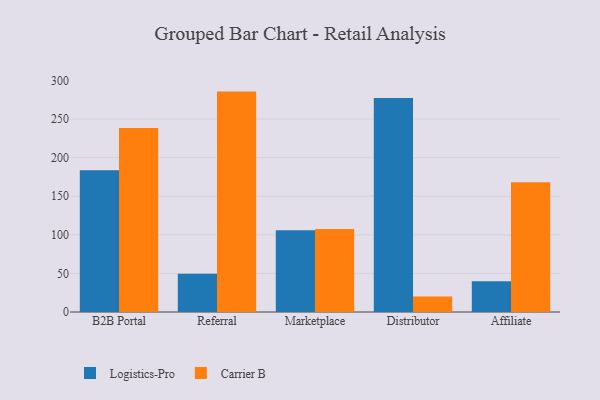
{"axis": {"x": "Channel", "y": "Energy Usage (MWh)"}, "legend": ["Carrier B", "Logistics-Pro"], "data": [{"x": "B2B Portal", "y": 183.5, "type": "Logistics-Pro"}, {"x": "B2B Portal", "y": 238.3, "type": "Carrier B"}, {"x": "Referral", "y": 49.5, "type": "Logistics-Pro"}, {"x": "Referral", "y": 285.5, "type": "Carrier B"}, {"x": "Marketplace", "y": 105.9, "type": "Logistics-Pro"}, {"x": "Marketplace", "y": 107.5, "type": "Carrier B"}, {"x": "Distributor", "y": 277.3, "type": "Logistics-Pro"}, {"x": "Distributor", "y": 20.1, "type": "Carrier B"}, {"x": "Affiliate", "y": 39.7, "type": "Logistics-Pro"}, {"x": "Affiliate", "y": 168.2, "type": "Carrier B"}]}